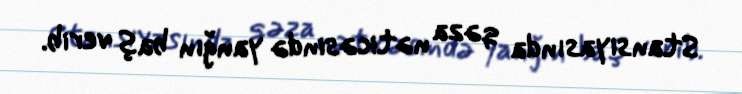
Stansiyasında qəza nəticəsində yanğın baş verib.